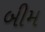
બીમ